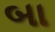
બા